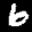
Label: 6